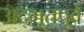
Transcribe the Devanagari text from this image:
अद्भूतपूर्व